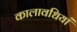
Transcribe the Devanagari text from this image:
कालावधियां